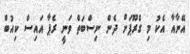
އޭނާއާ އެކު މި ގްރޫޕަށް ދެން ނިސްބަތް ވަނީ ރެޕާ އައިސް ކިއުބް